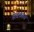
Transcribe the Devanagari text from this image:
सेवकास